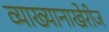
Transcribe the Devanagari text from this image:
व्याख्यानाखेरीज